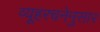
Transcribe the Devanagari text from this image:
व्यूहरचनेनुसार